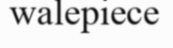
walepiece